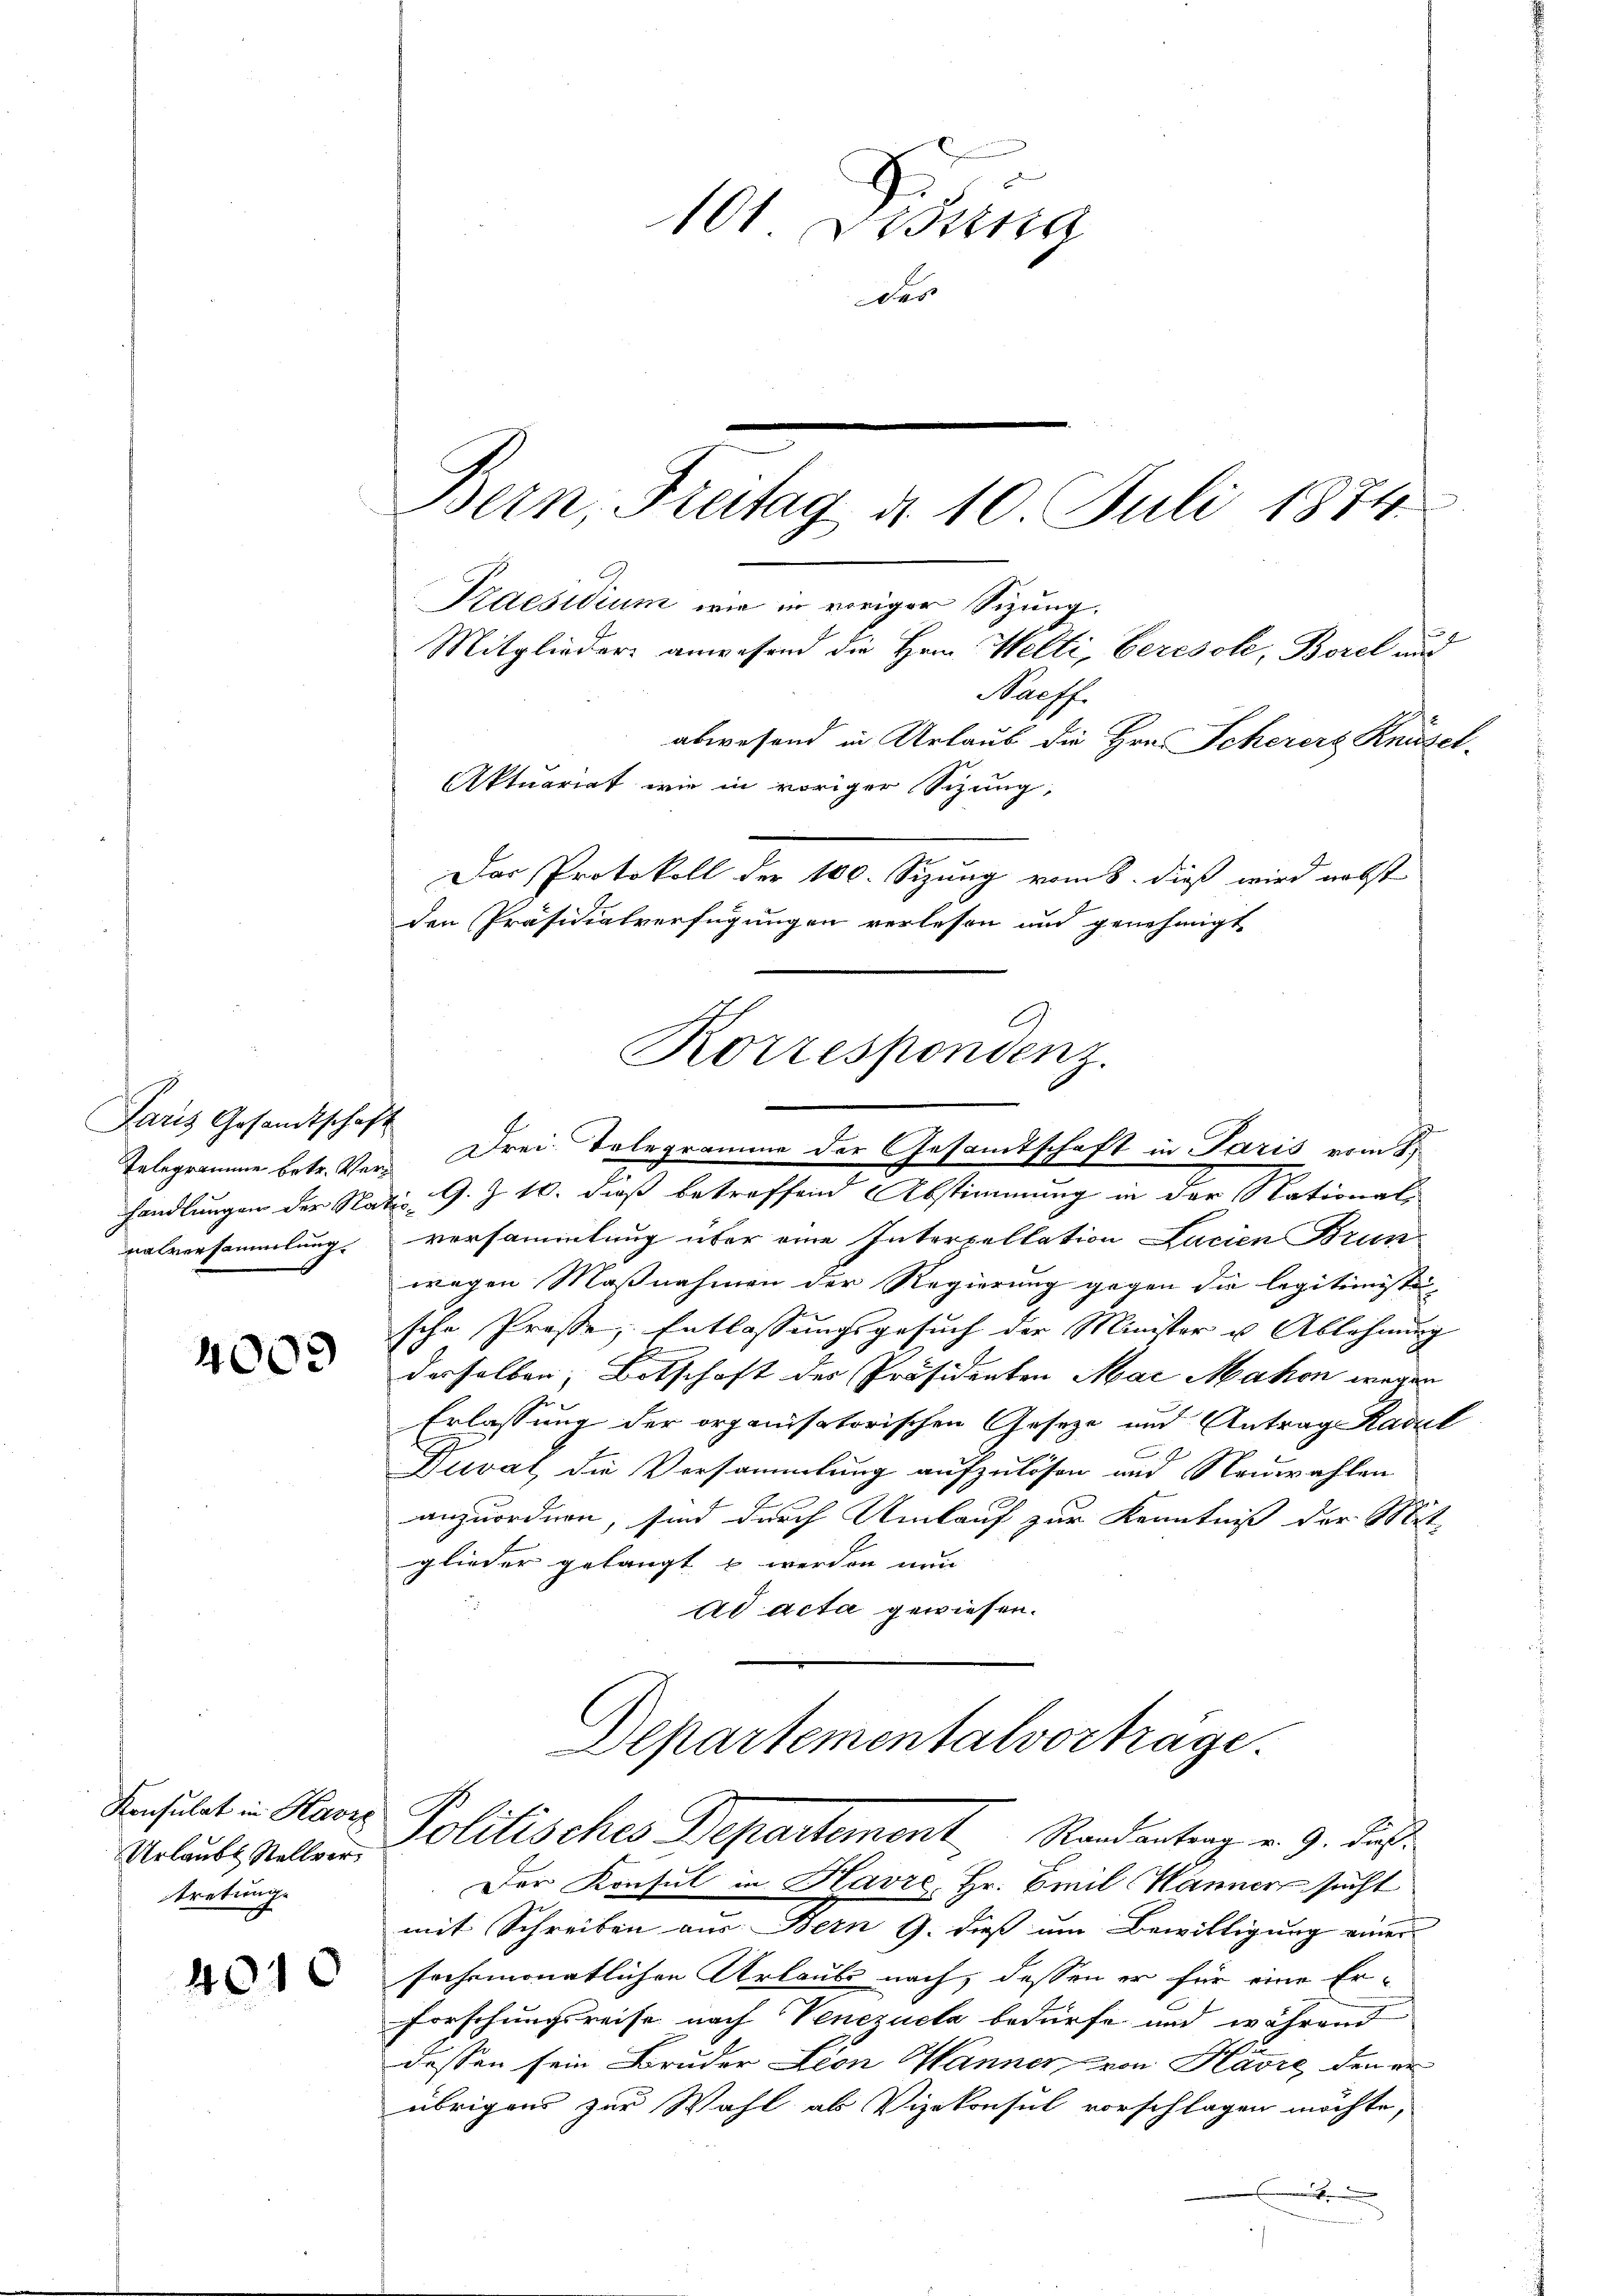
Paris Gesandtschaft
nalversammlung.

4009

Konsulat in Harz
Urlaubt Stellvertretung.

4010

101 Didung
der
Bern, Freitag d. 10. Juli 1874.

Nacff.
abwesend in Urlaub die Hrn. Scherer Knüssel-
Aktuariat wie in voriger Sizung,
Das Protokoll der 100. Sizung vom 8. dieß wird nebst
den Präsidialverfügungen verlesen und genehmigt
C
Korrespondenz.
n
schaft in Paris vom 8.
Telegramme betr. Ver- Drei-Telegramme der Gesamtsch

Praesidium wie in voriger Sizung.
Mitglieder anwesend die Hrn. Welti, beresole, Borel und

handlungen der Nati G. Z. 10. dieß betreffend Abstimmung in der National-
versammlung über eine Interpellation Lacien Brun
wegen Maßnahmen der Regierung gegen die legitimiste
sche Prose, Entlassungsgesuch der Minister u Ablehnung
derselben, Botschaft des Präsidenten Mai Makon wegen
Erlassung der organisatorischen Geseze und Antrag Kaval
Duval, die Versammlung aufzulösen und Neuwahlen
anzuordnen, sind durch Umlauf zur Kenntniß der Mit-
glieder gelangt u werden nun
ad acta gewiesen.

Departementalvorträge.
Politisches Departement Randantrag v. 9. dicht

Der Konsul in Havre, Hr. Emil Hänner sucht
mit Schreiben aus Bern G. dieß um Bewilligung einer
seehrmonatlichen Urlaube nach, dessen er für eine Er-
Forschungsreise nach Venezucta bedürfe und während
dessen sein Bruder Lion Männer von Kavre den er
übrigens zur Wahl ab Vizekonsul vorschlagen möchte,
s